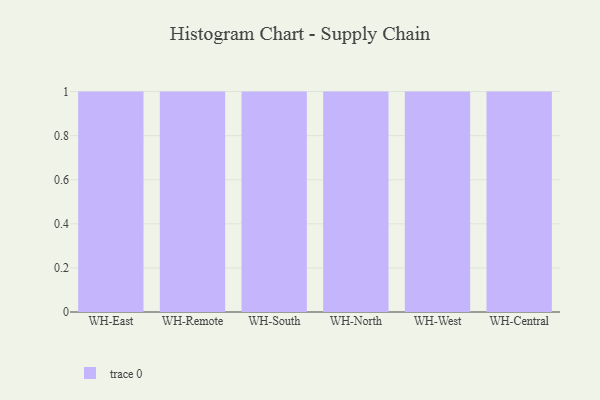
{"axis": {"x": "Warehouse", "y": "Revenue (USD Million)"}, "legend": [""], "data": [{"x": "WH-East", "y": 43, "type": ""}, {"x": "WH-Remote", "y": 34, "type": ""}, {"x": "WH-South", "y": 74, "type": ""}, {"x": "WH-North", "y": 81, "type": ""}, {"x": "WH-West", "y": 55, "type": ""}, {"x": "WH-Central", "y": 27, "type": ""}]}